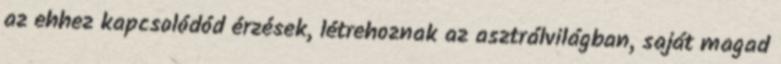
az ehhez kapcsolódód érzések, létrehoznak az asztrálvilágban, saját magad